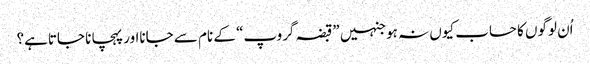
اُن لوگوں کا حساب کیوں نہ ہوجنہیں ”قبضہ گروپ“ کے نام سے جانااور پہچانا جاتاہے؟